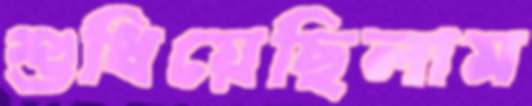
শুধিয়েছিলাম